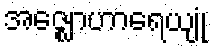
အဇ္ဈောဟာရေယျုံ